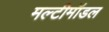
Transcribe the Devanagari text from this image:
मल्टीमॉडल